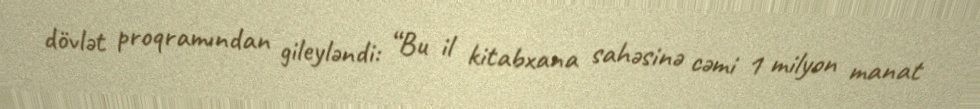
dövlət proqramından gileyləndi: “Bu il kitabxana sahəsinə cəmi 1 milyon manat